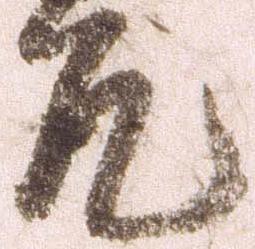
允